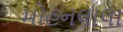
મોહનલાલા